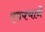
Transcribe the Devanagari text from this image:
एडक्याने